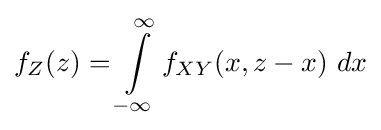
f_{Z}(z)=\int \limits _{-\infty }^{\infty }f_{XY}(x,z-x)~dx